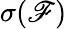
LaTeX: \sigma(\mathscr{F})